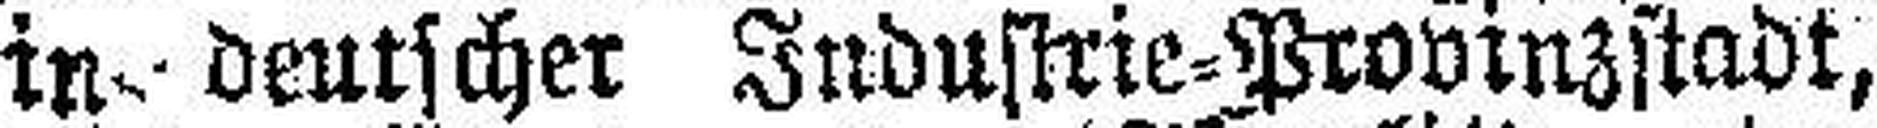
in deutscher Industrie=Provinzstadt,